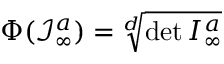
\Phi ( \mathcal { I } _ { \infty } ^ { a } ) = \sqrt [ d ] { \operatorname* { d e t } { \cal I } _ { \infty } ^ { a } }